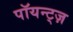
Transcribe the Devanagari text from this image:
पॉयन्ट्ज़